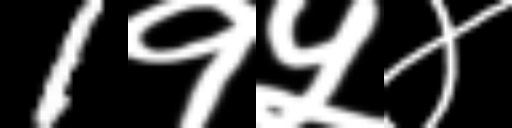
Text: 1१५४